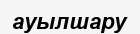
ауылшару